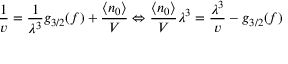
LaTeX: { \frac { 1 } { v } } = { \frac { 1 } { \lambda ^ { 3 } } } g _ { 3 / 2 } ( f ) + { \frac { \langle n _ { 0 } \rangle } { V } } \Leftrightarrow { \frac { \langle n _ { 0 } \rangle } { V } } \lambda ^ { 3 } = { \frac { \lambda ^ { 3 } } { v } } - g _ { 3 / 2 } ( f )